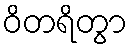
ဝိတရိတွာ